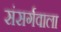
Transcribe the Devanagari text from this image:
संसर्गवाला